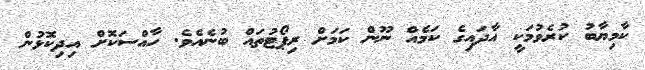
ކާމިޔާބު ކުރެވުމަކީ އާދައިގެ ކަމެއް ނޫން ކަމަށް ރިޕޯޓުތައް ބުނެއެވެ. ހާއްސަކޮށް އިދިކޮޅުން